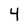
Character: 4